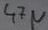
Text: 47µ